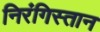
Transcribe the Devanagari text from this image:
निरंगिस्तान